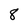
Character: 8